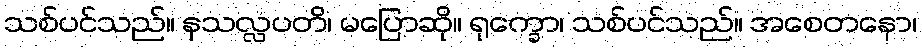
သစ်ပင်သည်။ နသလ္လပတိ၊ မပြောဆို။ ရုက္ခော၊ သစ်ပင်သည်။ အစေတနော၊